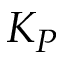
K _ { P }